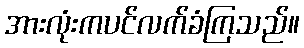
အားလုံးကပင်လက်ခံကြသည်။